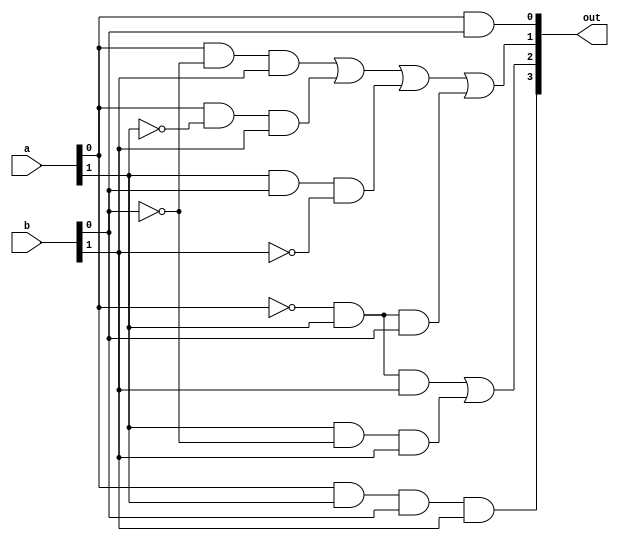
`timescale 1ns / 1ps

module two_bit_multiplier(input [1:0] a, input [1:0] b, output [3:0] out);

	wire n_a0, n_a1, n_b0, n_b1;
    wire [3:0] temp_wire1;
    wire [1:0] temp_wire2;

    not(n_a0, a[0]);
    not(n_a1, a[1]);
    not(n_b0, b[0]);
    not(n_b1, b[1]);

    and(out[0], a[0], b[0]);

    and(temp_wire1[0], a[0], n_b0, b[1]);
    and(temp_wire1[1], a[0], n_a1, b[1]);
    and(temp_wire1[2], a[1], b[0], n_b1);
    and(temp_wire1[3], n_a0, a[1], b[0]);
    
    or(out[1], temp_wire1[0], temp_wire1[1], temp_wire1[2], temp_wire1[3]);

    and(temp_wire2[0], n_a0, a[1], b[1]);
    and(temp_wire2[1], a[1], n_b0, b[1]);
    
    or(out[2], temp_wire2[0], temp_wire2[1]);

    and(out[3], a[0], a[1], b[0], b[1]);

endmodule